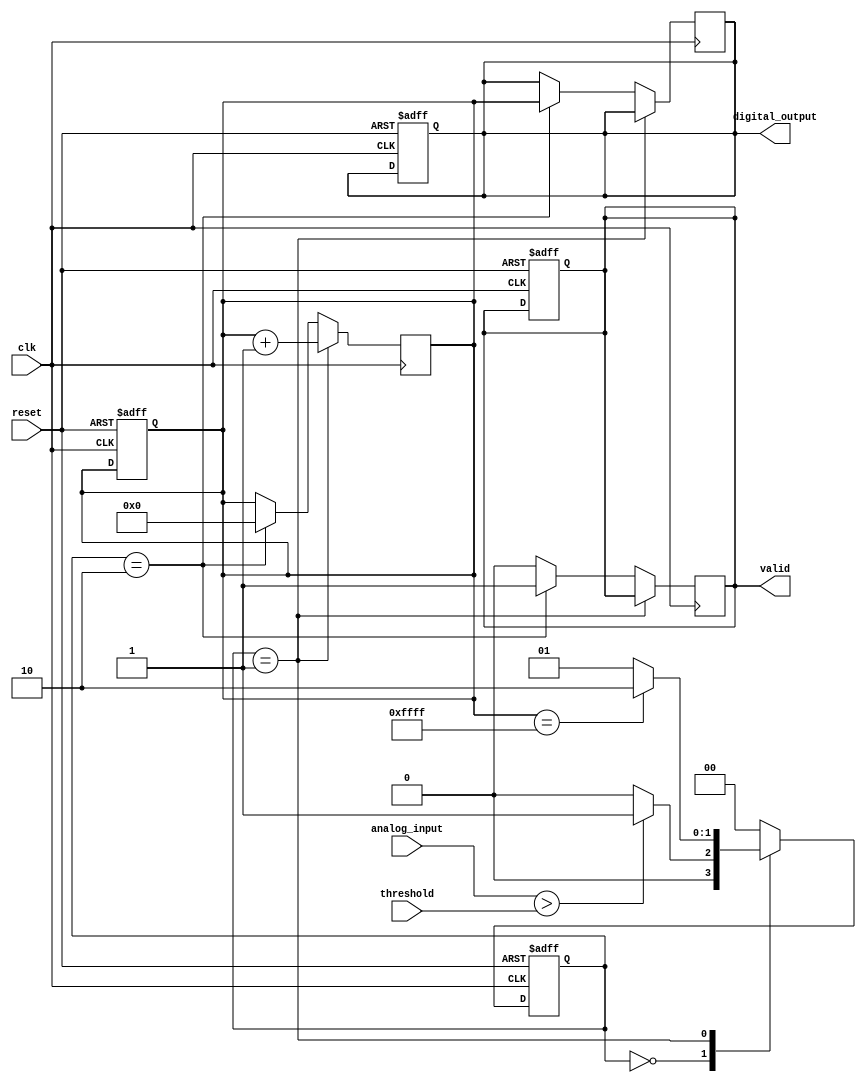
module ATDC (
    input wire clk,                // Sampling clock
    input wire reset,              // Reset signal
    input wire analog_input,       // Analog input signal (assuming 1-bit for simplicity)
    input wire threshold,          // Threshold signal (1-bit for simplicity)
    output reg [15:0] digital_output, // 16-bit digital output
    output reg valid               // Output valid signal
);

// State Definitions
localparam IDLE = 2'b00;
localparam MEASURING = 2'b01;
localparam DONE = 2'b10;

reg [1:0] state, next_state;
reg [15:0] counter;              // 16-bit counter
reg start_measurement;           // Signal to start measurement

// State Transition Logic
always @(posedge clk or posedge reset) begin
    if (reset) begin
        state <= IDLE;
        counter <= 16'b0;
        digital_output <= 16'b0;
        valid <= 1'b0;
    end else begin
        state <= next_state;
    end
end

// Next State Logic
always @(*) begin
    case (state)
        IDLE: begin
            if (analog_input > threshold) begin
                next_state = MEASURING;
            end else begin
                next_state = IDLE;
            end
        end
        MEASURING: begin
            if (counter == 16'hFFFF) begin // Assuming max count
                next_state = DONE;
            end else begin
                next_state = MEASURING;
            end
        end
        DONE: begin
            next_state = IDLE; // Go back to IDLE after capturing the value
        end
        default: next_state = IDLE;
    endcase
end

// Counter Logic
always @(posedge clk) begin
    if (state == MEASURING) begin
        counter <= counter + 1; // Increment counter
    end else if (state == DONE) begin
        digital_output <= counter; // Capture counter value
        valid <= 1'b1;             // Indicate valid output
        counter <= 16'b0;          // Reset counter for next measurement
    end else begin
        valid <= 1'b0;             // Reset valid signal
    end
end

endmodule